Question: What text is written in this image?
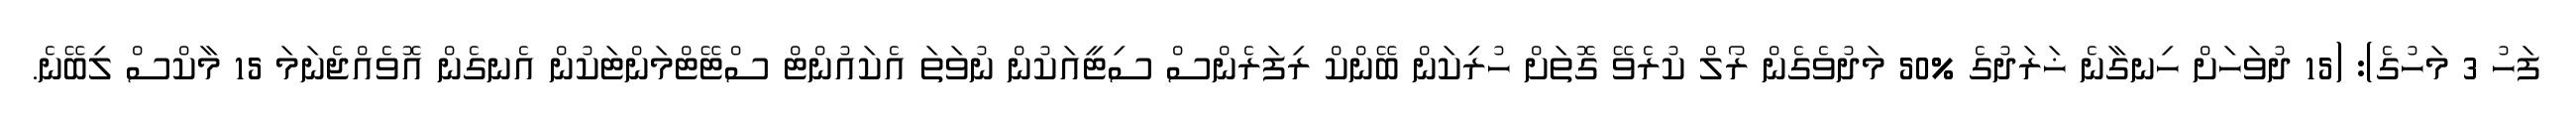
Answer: ފަހު 3 މަހުގެ): (15 ދުވަހަށް ހިނގާނެ ޚަރަދުގެ %50 މަދުވެގެން ރޯލް ކުރެވޭ ގޮތަށް ހުރިކަން ބޭންކް ރިފަރެންސް ސިޓީއަކުން ނުވަތަ އެކައުންޓް ސްޓޭޓްމަންޓަކުން އެނގެން އޮވެއްޖެނަމަ 15 މާކްސް ލިބޭނެ.